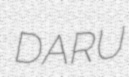
DARU